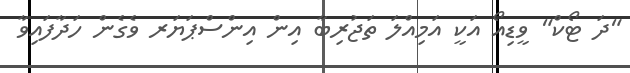
"ދަ ޓޯކް" ވީޑިއޯ އަކީ އަމިއްލަ ތަޖުރިބާ އިން އިންސްޕަޔަރ ވެގެން ހަދާފައިވާ